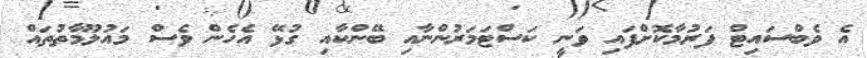
އެ ވެބްސައިޓް ފަރުމާކޮށްފައި ވަނީ ކަސްޓަމަރުންނާއި ބޭންކާއި ގުޅޭ އެހެން ވެސް މައުލޫމާތުތައް